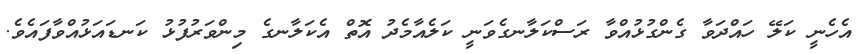
އެހެނީ ކަލޭ ހައްދަވާ ގެންގުޅުއްވާ ރަސްކަލާނގެވަނީ ކަލެއާމެދު އޮތް އެކަލާނގެ މިންވަރުފުޅު ކަނޑައަޅުއްވާފައެވެ.